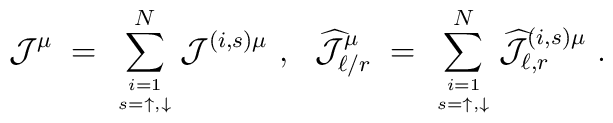
{\mathcal J}^\mu\;=\;\sum_{i=1 \atop s=\uparrow,\downarrow}^N{\mathcal J}^{(i,s)\mu}~,~~ \widehat{{\mathcal J}}_{\ell/r}^\mu \;=\;\sum_{i=1\atop s=\uparrow,\downarrow}^N\widehat{{\mathcal J}}_{\ell,r}^{(i,s)\mu}~.